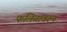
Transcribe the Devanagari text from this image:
फलितावरुन